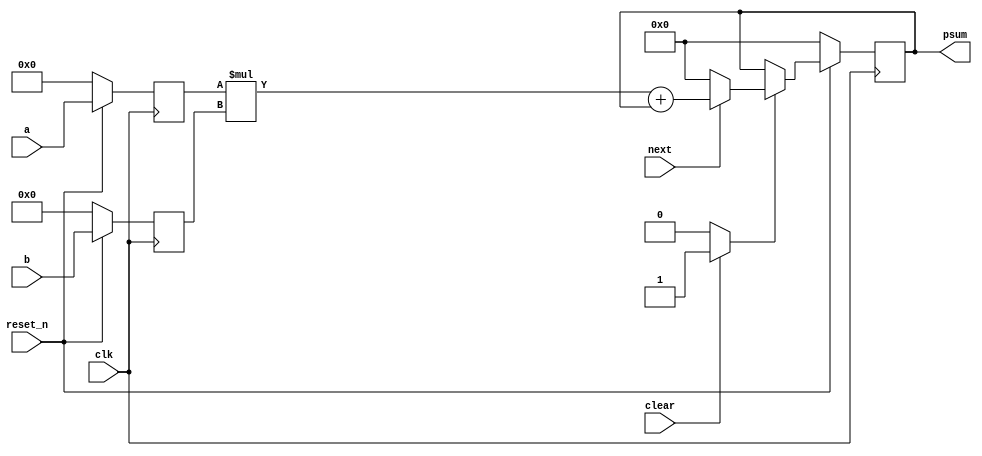
module mulacc2(
               input wire           clk,
               input wire           reset_n,
               input wire           clear,
               input wire           next,
               input wire [25 : 0]  a,
               input wire [28 : 0]  b,
               output wire [58 : 0] psum
              );
  reg [25 : 0] a_reg;
  reg [28 : 0] b_reg;
  reg [58 : 0] psum_reg;
  reg [58 : 0] psum_new;
  reg          psum_we;
  assign psum = psum_reg;
  always @ (posedge clk)
    begin : reg_update
      if (!reset_n)
        begin
          a_reg    <= 26'h0;
          b_reg    <= 29'h0;
          psum_reg <= 59'h0;
        end
      else
        begin
          a_reg <= a;
          b_reg <= b;
          if (psum_we)
            psum_reg <= psum_new;
        end
    end 
  always @*
    begin : mac_logic
      psum_new = 59'h0;
      psum_we  = 0;
      if (clear)
        begin
          psum_new = 59'h0;
          psum_we  = 1;
        end
      if (next)
        begin
          psum_new = (a_reg * b_reg) + psum_reg;
        end
    end
endmodule